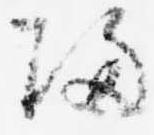
帰